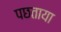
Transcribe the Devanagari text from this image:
पछताया